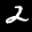
Label: 2